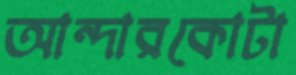
আন্দারকোটা